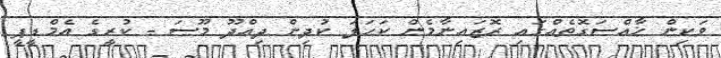
ވަކިން ޚާއްޞަގޮތެއްގައި ރޮޒައިނާމެން ކަހަލަ ކުދިން ދިއްދޫ މޫސަ - ކުރީގެ އެމްޑީޕީ